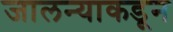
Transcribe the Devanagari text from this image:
जालन्याकडून